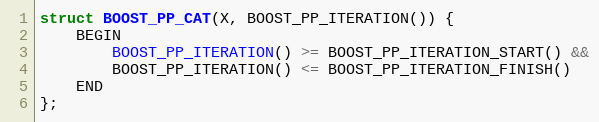
Language: C
struct BOOST_PP_CAT(X, BOOST_PP_ITERATION()) {
    BEGIN
        BOOST_PP_ITERATION() >= BOOST_PP_ITERATION_START() &&
        BOOST_PP_ITERATION() <= BOOST_PP_ITERATION_FINISH()
    END
};